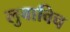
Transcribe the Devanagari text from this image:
लुबाविच